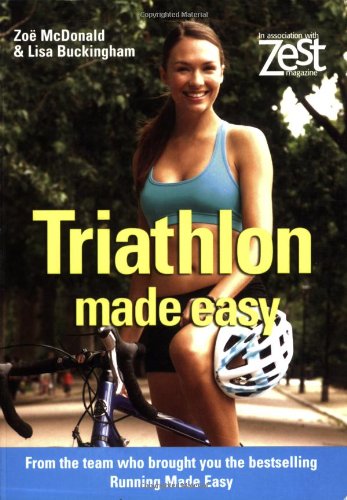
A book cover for Triathlon Made Easy (Zest); Zoe McDonald; Health, Fitness & Dieting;